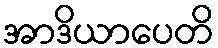
အာဒိယာပေတိ